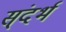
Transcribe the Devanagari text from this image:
स्ंदर्भ